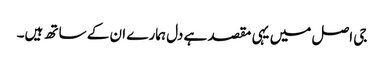
جی اصل میں یہی مقصد ہے دل ہمارے ان کے ساتھ ہیں۔